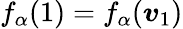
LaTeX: f_{\alpha}(1)=f_{\alpha}(\boldsymbol{v}_{1})